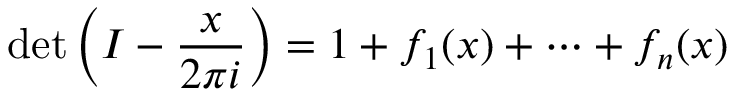
\operatorname* { d e t } \left( I - { \frac { x } { 2 \pi i } } \right) = 1 + f _ { 1 } ( x ) + \cdots + f _ { n } ( x )